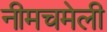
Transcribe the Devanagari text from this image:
नीमचमेली